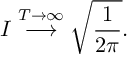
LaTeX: I \stackrel { T \rightarrow \infty } { \longrightarrow } \sqrt { \frac { 1 } { 2 \pi } } .